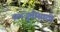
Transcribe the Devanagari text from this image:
समजुतींसाठी